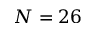
N = 2 6